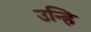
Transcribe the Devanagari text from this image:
उन्हि